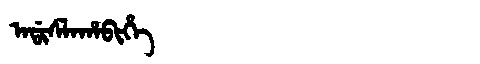
Manchu: ᠠᡩᡳᠰᠯᠠᡥᠠᠪᡳᡥᡝ
Romanization: ADISLAHABIHE